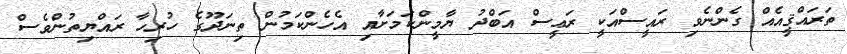
ތަރައްޤީއެއް ގެންނެވި ރައީސްއަކީ ރަޢީސް އަބްދު ޔާމީންކަމަށާއި އެހެންކަމުން ތިނަދޫގެ ހުރިހާ ރައްޔިތުންވެސް